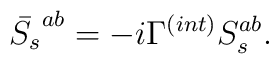
\bar{S_s}^{ab} = -i\Gamma^{(int)} S_s^{ab}.